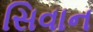
સિવાન